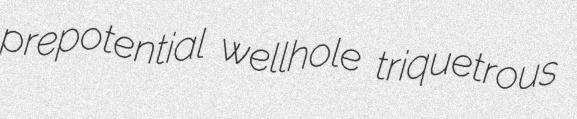
prepotential wellhole triquetrous